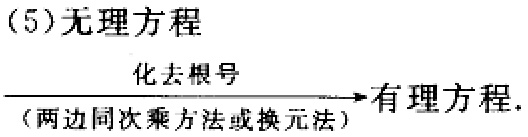
(5)无理方程

\[

\xrightarrow[(\text{两边同次乘方法或换元法})]{\text{化去根号}} \text{有理方程}.

\]